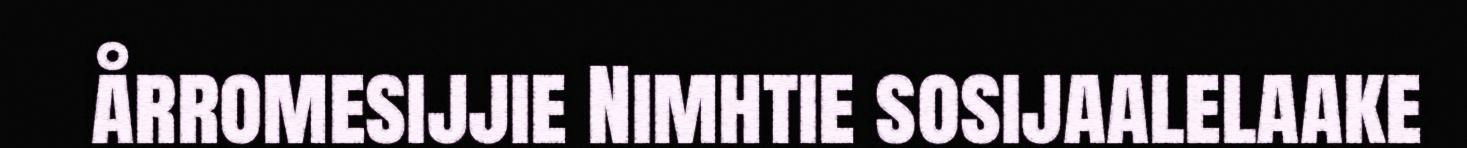
årromesijjie Nimhtie sosijaalelaake